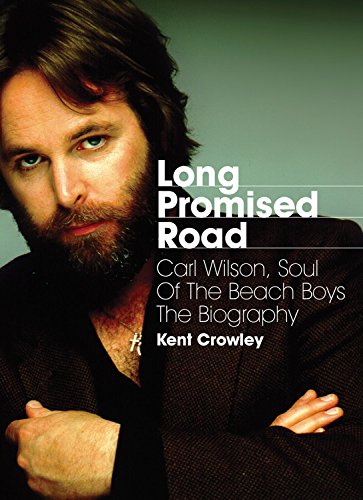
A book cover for Long Promised Road: Carl Wilson, Soul of the Beach Boys - The Biography; Kent Crowley; Humor & Entertainment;